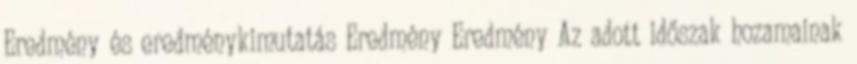
Eredmény és eredménykimutatás Eredmény Eredmény Az adott időszak hozamainak